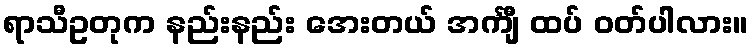
ရာသီဥတုက နည်းနည်း အေးတယ် အင်္ကျီ ထပ် ဝတ်ပါလား။